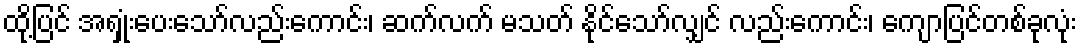
ထို့ပြင် အရှုံးပေးသော်လည်းကောင်း၊ ဆက်လက် မသတ် နိုင်သော်လျှင် လည်းကောင်း၊ ကျောပြင်တစ်ခုလုံး